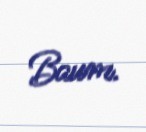
Baum.